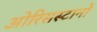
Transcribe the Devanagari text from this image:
ओरिसस्टानो